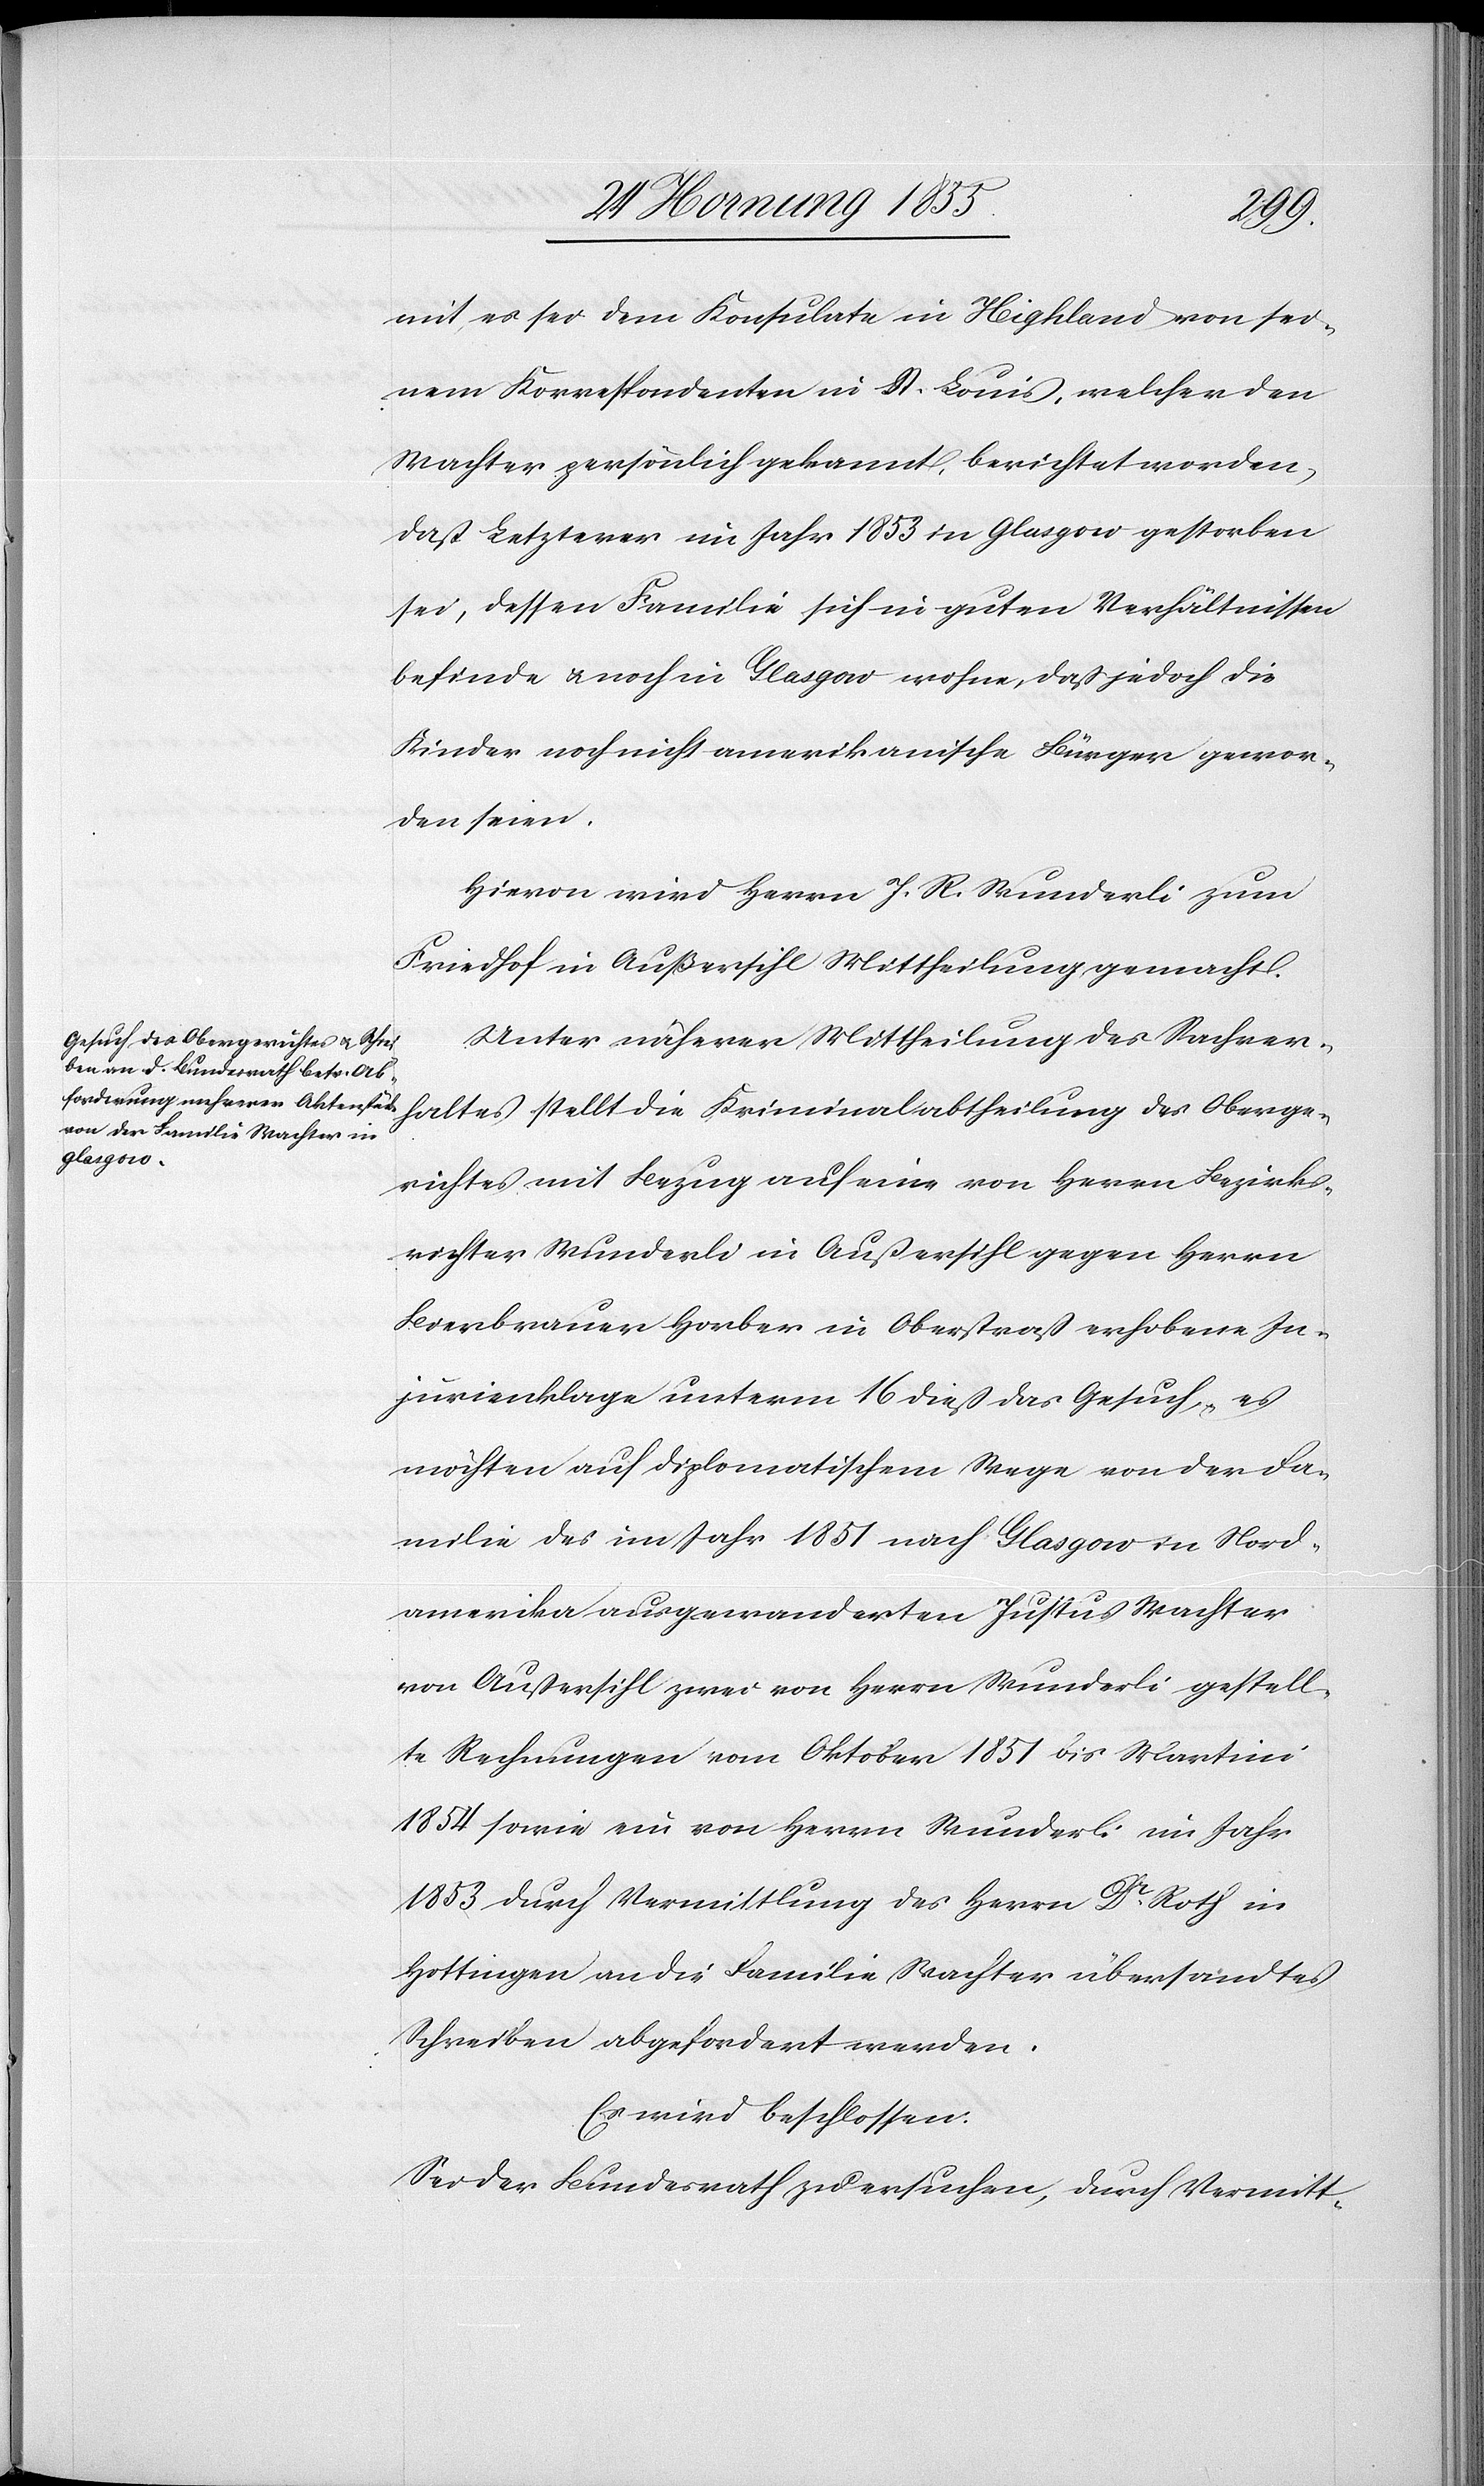
mit, es sei dem Konsulate in Highland von sei¬
nem Korrespondenten in St. Louis, welcher den
Wachter persönlich gekannt, berichtet worden,
daß Letzterer im Jahr 1853 in Glasgow gestorben
sei, dessen Familie sich in guten Verhältnissen
befinde & noch in Glasgow wohne, daß jedoch die
Kinder noch nicht amerikanische Bürger gewor¬
den seien.
Hievon wird Herrn J. R. Wunderli zum
Friedhof in Außersihl Mittheilung gemacht.
Unter näherer Mittheilung des Sachver¬
haltes stellt die Kriminalabtheilung des Oberge¬
richtes mit Bezug auf eine von Herrn Bezirks¬
richter Wunderli in Außersihl gegen Herrn
Bierbrauer Horber in Oberstraß erhobene In¬
jurienklage unterm 16 dieß das Gesuch, es
möchten auf diplomatischem Wege von der Fa¬
milie des im Jahr 1851 nach Glasgow in Nord¬
amerika ausgewanderten Justus Wachter
von Außersihl zwei von Herrn Wunderli gestell¬
te Rechnungen vom Oktober 1851 bis Martini
1854 sowie ein von Herrn Wunderli im Jahr
1853 durch Vermittlung des Herrn Dr. Roth in
Hottingen an die Familie Wachter übersandtes
Schreiben abgefordert werden.
Es wird beschlossen:
Sei der Bundesrath zu ersuchen, durch Vermitt-